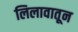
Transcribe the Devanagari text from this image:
लिलावातून